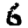
Digit: 6